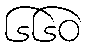
၆၆၀